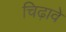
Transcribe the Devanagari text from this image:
चिढ़ावे